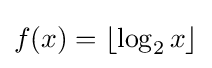
f(x)=\lfloor \log _{2}x\rfloor {}